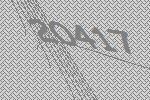
20417